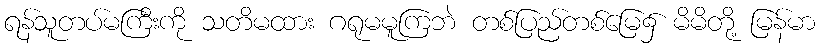
ရန်သူတပ်မကြီးကို သတိမထား ဂရုမမူကြဘဲ တစ်ပြည်တစ်မြေ၌ မိမိတို့ မြန်မာ